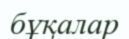
бұқалар